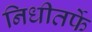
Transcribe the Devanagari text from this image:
निधीतर्फे